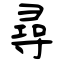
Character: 尋